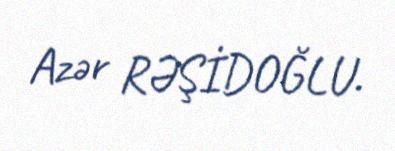
Azər RƏŞİDOĞLU.